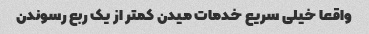
واقعا خیلی سریع خدمات میدن کمتر از یک ربع رسوندن